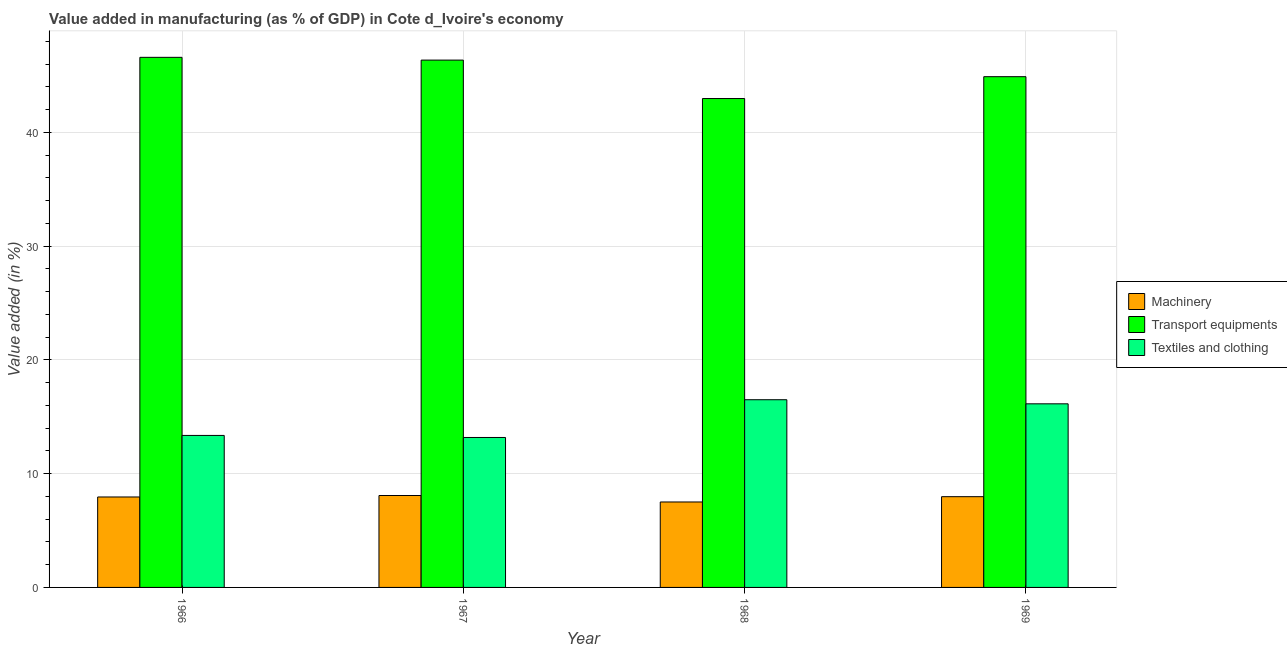
| Year | Machinery | Transport equipments | Textiles and clothing |
 | --- | --- | --- | --- |
 | 1966 | 7.95 | 46.6 | 13.4 |
 | 1967 | 8.08 | 46.4 | 13.2 |
 | 1968 | 7.51 | 43 | 16.5 |
 | 1969 | 7.98 | 44.9 | 16.1 |